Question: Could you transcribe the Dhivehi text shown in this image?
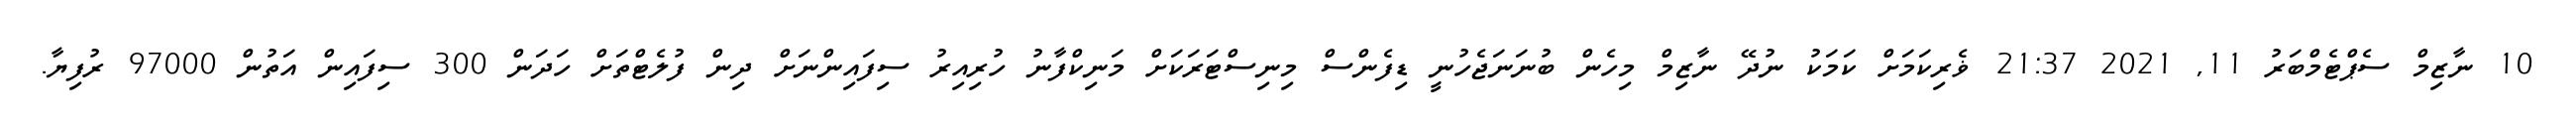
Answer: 10 ނާޒިމް ސެޕްޓެމްބަރު 11, 2021 21:37 ޥެރިކަމަށް ކަމަކު ނުދޭ ނާޒިމް މިހެން ބުނަނަޖެހުނީ ޑިފެންސް މިނިސްޓަރަކަށް މަނިކްފާނު ހުރިއިރު ސިފައިންނަށް ދިން ފުލެޓްތަށް ހަދަން 300 ސިފައިން އަތުން 97000 ރުފިޔާ.